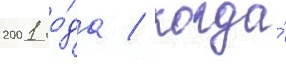
2001 го́да / когда́